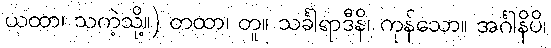
ယထာ၊ သကဲ့သို့။) တထာ၊ တူ။ သင်္ခါရာဒီနိ၊ ကုန်သော။ အင်္ဂါနိပိ၊